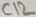
Text: C12